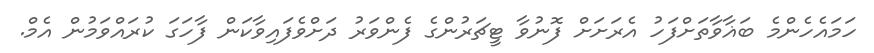
ހަމައެހެންމެ ބަޣާވާތަށްފަހު އެރަށަށް ފޮނުވާ ޓީޗަރުންގެ ފެންވަރު ދަށްވެފައިވާކަން ފާހަގަ ކުރައްވަމުން އެމް.